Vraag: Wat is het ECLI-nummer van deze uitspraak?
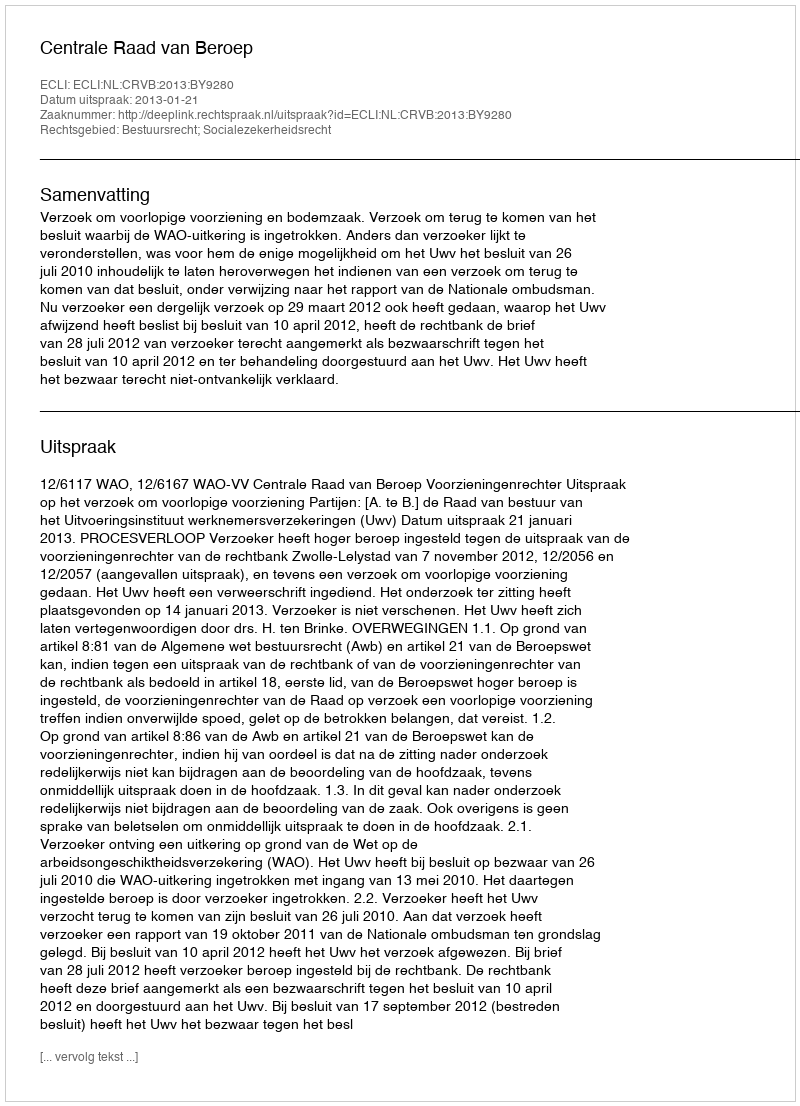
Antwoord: ECLI:NL:CRVB:2013:BY9280